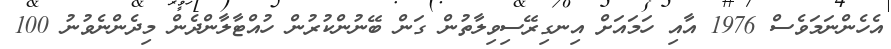
އެހެންނަމަވެސް 1976 އާއި ހަމައަށް އިނގިރޭސިވިލާތުން ގަން ބޭނުންކުރުން ހުއްޓާލާންދެން މިދެންނެވުނު 100